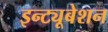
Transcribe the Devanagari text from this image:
इन्ट्यूबेशन